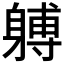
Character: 𲄩